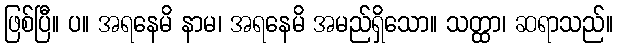
ဖြစ်ပြီ။ ပ။ အရနေမိ နာမ၊ အရနေမိ အမည်ရှိသော။ သတ္ထာ၊ ဆရာသည်။